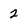
Character: 2